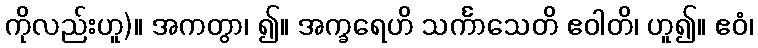
ကိုလည်းဟူ)။ အကတွာ၊ ၍။ အက္ခရေဟိ သင်္ကာသေတိ ဧဝါတိ၊ ဟူ၍။ ဧဝံ၊